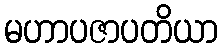
မဟာပဇာပတိယာ